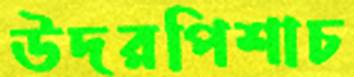
উদরপিশাচ